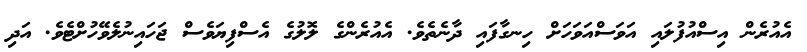
އެއުރެން އިސްއުފުލައި އަވަސްއަވަހަށް ހިނގާފައި ދާނެތެވެ. އެއުރެންގެ ލޮލުގެ އެސްފިޔަވެސް ޖަހައިނުލެވޭހުށްޓެވެ. އަދި